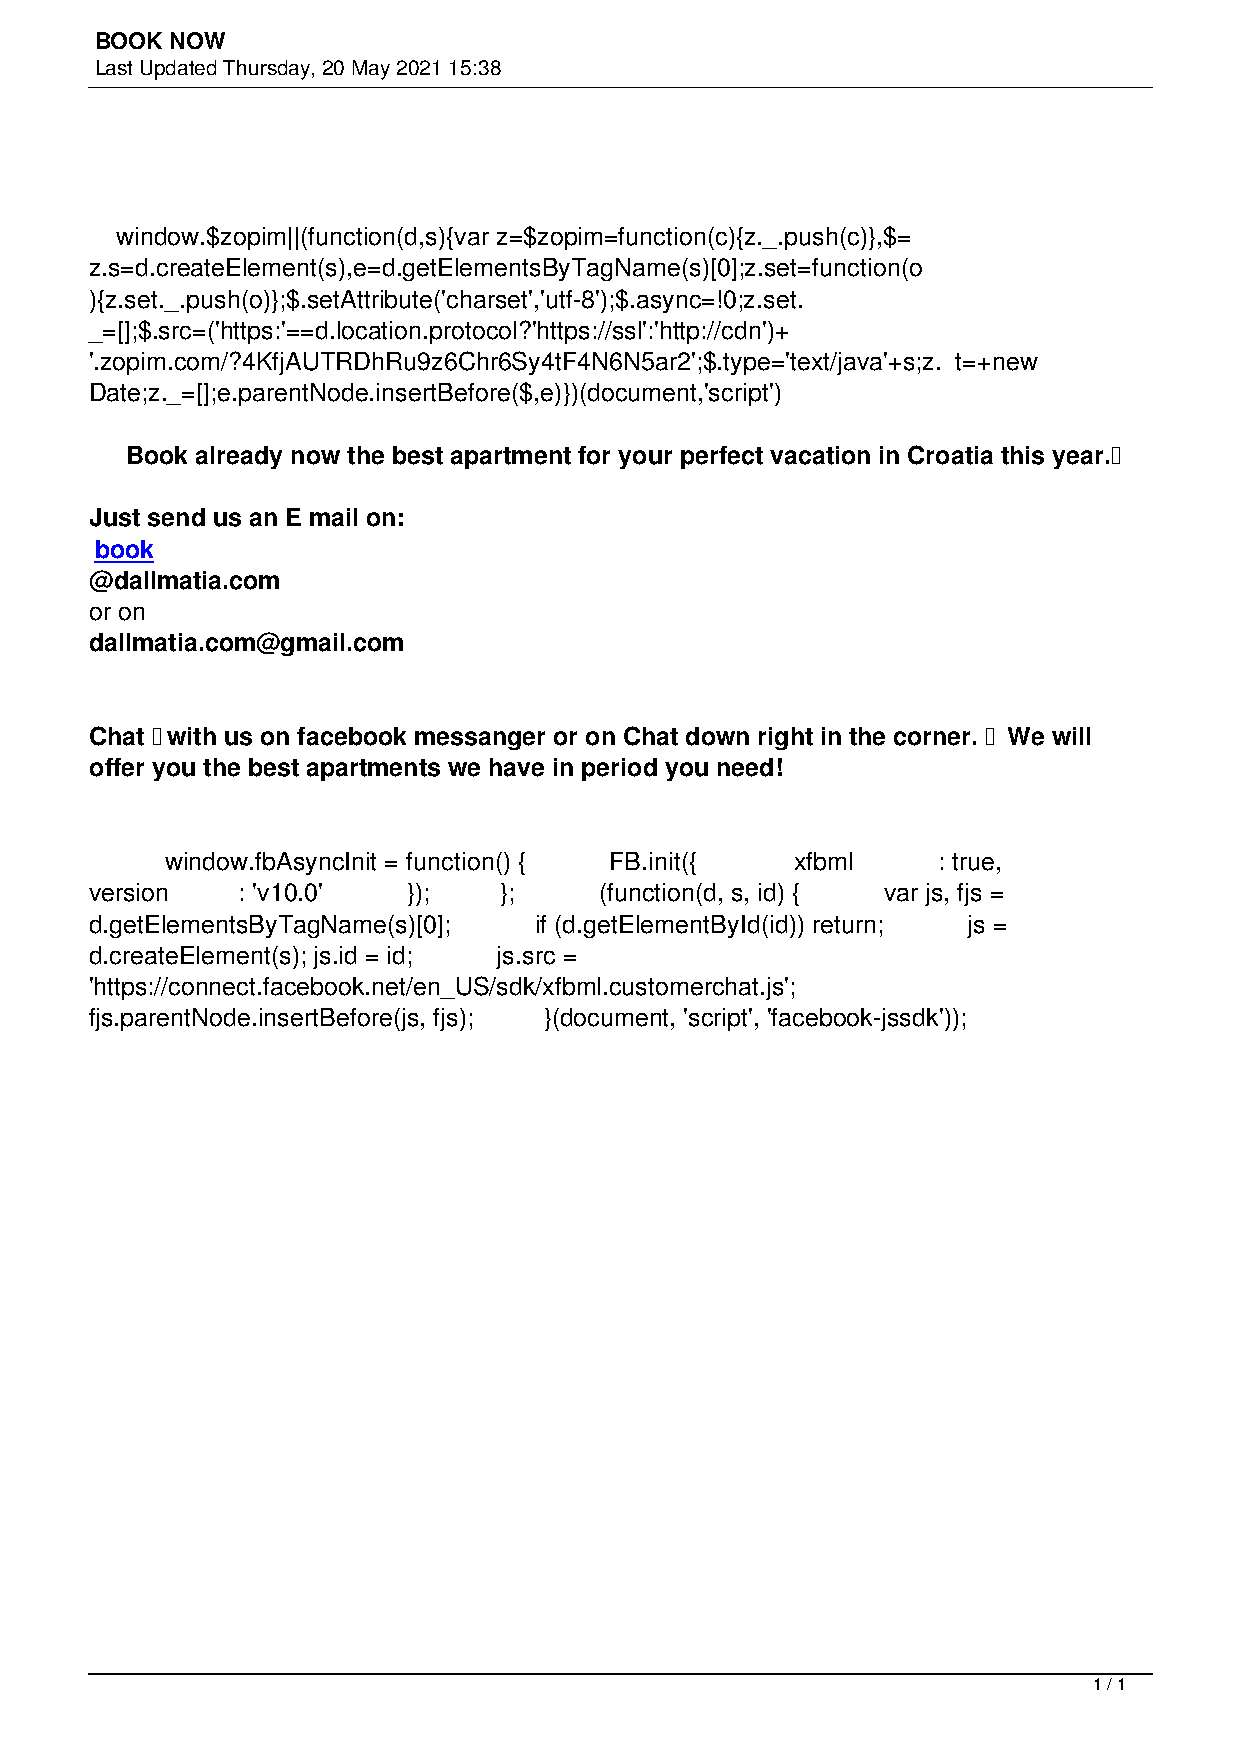
BOOK NOW
 Last Updated Thursday, 20 May 2021 15:38
 window.$zopim||(function(d,s){var z=$zopim=function(c){z._.push(c)},$=
 z.s=d.createElement(s),e=d.getElementsByTagName(s)[0];z.set=function(o
 ){z.set._.push(o)};$.setAttribute('charset','utf-8');$.async=!0;z.set.
 _=[];$.src=('https:'==d.location.protocol?'https://ssl':'http://cdn')+
 '.zopim.com/?4KfjAUTRDhRu9z6Chr6Sy4tF4N6N5ar2';$.type='text/java'+s;z. t=+new
 Date;z._=[];e.parentNode.insertBefore($,e)})(document,'script')
 Book already now the best apartment for your perfect vacation in Croatia this year.
 Just send us an E mail on:
 book
 @dallmatia.com
 or on
 dallmatia.com@gmail.com
 Chat with us on facebook messanger or on Chat down right in the corner. We will
 offer you the best apartments we have in period you need!
 window.fbAsyncInit = function() { FB.init({ xfbml  : true,
 version   : 'v10.0'  });   };     (function(d, s, id) { var js, fjs =
 d.getElementsByTagName(s)[0]; if (d.getElementById(id)) return; js =
 d.createElement(s); js.id = id; js.src =
 'https://connect.facebook.net/en_US/sdk/xfbml.customerchat.js';
 fjs.parentNode.insertBefore(js, fjs); }(document, 'script', 'facebook-jssdk'));
 1 / 1